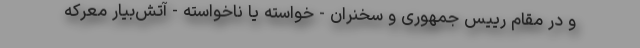
و در مقام رییس جمهوری و سخنران - خواسته یا ناخواسته - آتش‌بیار معرکه